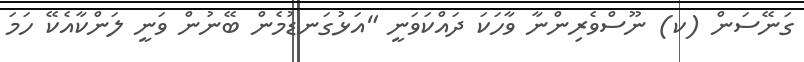
ގަނޭސަން (ކ) ނޫސްވެރިންނާ ވާހަކަ ދައްކަވަނީ "އަޅުގަނޑުމެން ބޭނުން ވަނީ ލަންކާއެކޭ ހަމަ